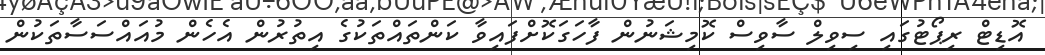
އޮޑިޓް ރިޕޯޓުގައި ސިވިލް ސާވިސް ކޮމިޝަނުން ފާހަގަކޮށްފައިވާ ކަންތައްތަކުގެ އިތުރުން އެހެން މުއައްސަސާތަކުން